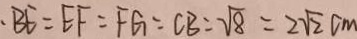
\cdot B E = E F = F G = C B = \sqrt { 8 } = 2 \sqrt { 2 } c m